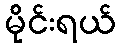
မိုင်းရယ်